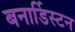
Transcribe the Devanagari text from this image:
बनार्डिस्टन